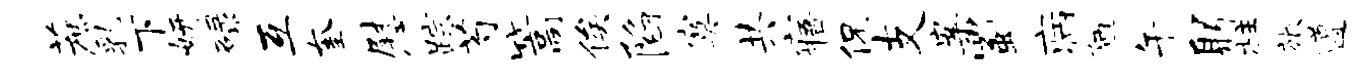
蔗乳下妍碌互奎慰踪芍篙俟陷寞共寤侃支案蜀病陋午躬柱旅遵